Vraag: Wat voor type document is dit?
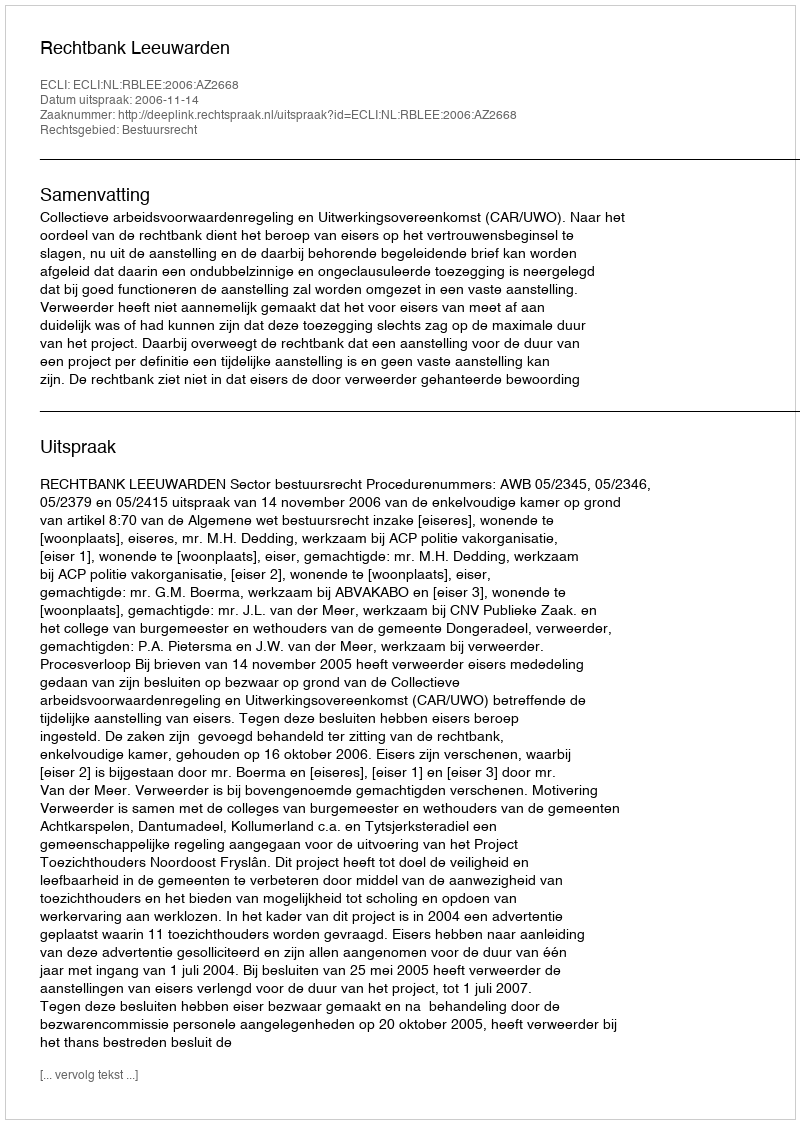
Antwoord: Uitspraak